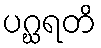
ပဂ္ဃရတိ